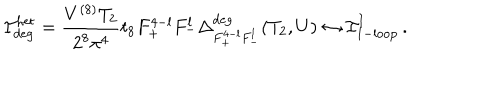
{ \cal I } _ { \mathrm { d e g } } ^ { \mathrm { h e t } } = \frac { V ^ { ( 8 ) } T _ { 2 } } { 2 ^ { 8 } \pi ^ { 4 } } t _ { 8 } F _ { + } ^ { 4 - l } F _ { - } ^ { l } \Delta _ { F _ { + } ^ { 4 - l } F _ { - } ^ { l } } ^ { \mathrm { d e g } } ( T _ { 2 } , U ) \leftrightarrow { \cal I } _ { \mathrm { 1 - l o o p } } ^ { \mathrm { I } } \, .